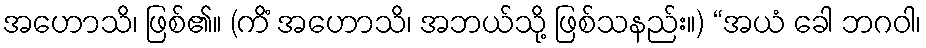
အဟောသိ၊ ဖြစ်၏။ (ကိံ အဟောသိ၊ အဘယ်သို့ ဖြစ်သနည်း။) “အယံ ခေါ ဘဂဝါ၊